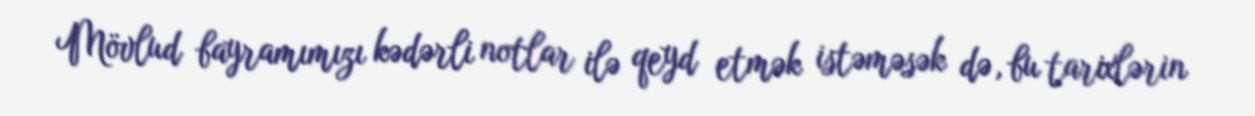
Mövlud bayramımızı kədərli notlar ilə qeyd etmək istəməsək də, bu tarixlərin